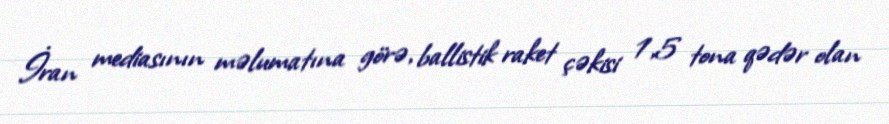
İran mediasının məlumatına görə, ballistik raket çəkisi 1,5 tona qədər olan